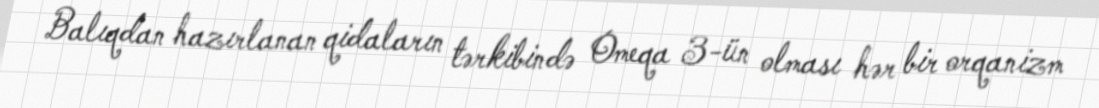
Balıqdan hazırlanan qidaların tərkibində Omeqa 3-ün olması hər bir orqanizm